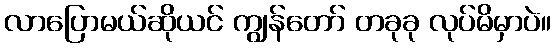
လာပြောမယ်ဆိုယင် ကျွန်တော် တခုခု လုပ်မိမှာပဲ။